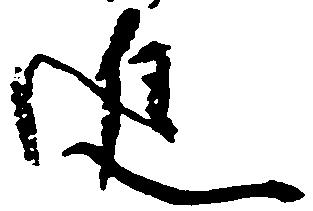
進